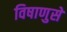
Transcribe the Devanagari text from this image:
विषाणुसे